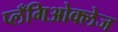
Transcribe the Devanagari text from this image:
प्लँगिओक्लेज